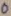
Text: 0